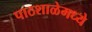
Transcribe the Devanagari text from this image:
पाठशाळेमध्ये